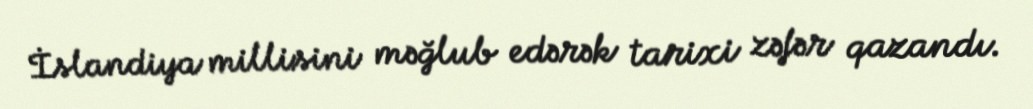
İslandiya millisini məğlub edərək tarixi zəfər qazandı.